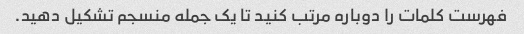
فهرست کلمات را دوباره مرتب کنید تا یک جمله منسجم تشکیل دهید.